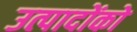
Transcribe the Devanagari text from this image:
उत्पादोंको